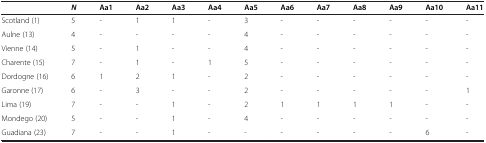
<table><thead><tr><td><b> </b></td><td><b><i>N</i></b></td><td><b>Aa1</b></td><td><b>Aa2</b></td><td><b>Aa3</b></td><td><b>Aa4</b></td><td><b>Aa5</b></td><td><b>Aa6</b></td><td><b>Aa7</b></td><td><b>Aa8</b></td><td><b>Aa9</b></td><td><b>Aa10</b></td><td><b>Aa11</b></td></tr></thead><tbody><tr><td>Scotland (1)</td><td>5</td><td>-</td><td>1</td><td>1</td><td>-</td><td>3</td><td>-</td><td>-</td><td>-</td><td>-</td><td>-</td><td>-</td></tr><tr><td>Aulne (13)</td><td>4</td><td>-</td><td>-</td><td>-</td><td>-</td><td>4</td><td>-</td><td>-</td><td>-</td><td>-</td><td>-</td><td>-</td></tr><tr><td>Vienne (14)</td><td>5</td><td>-</td><td>1</td><td>-</td><td>-</td><td>4</td><td>-</td><td>-</td><td>-</td><td>-</td><td>-</td><td>-</td></tr><tr><td>Charente (15)</td><td>7</td><td>-</td><td>1</td><td>-</td><td>1</td><td>5</td><td>-</td><td>-</td><td>-</td><td>-</td><td>-</td><td>-</td></tr><tr><td>Dordogne (16)</td><td>6</td><td>1</td><td>2</td><td>1</td><td>-</td><td>2</td><td>-</td><td>-</td><td>-</td><td>-</td><td>-</td><td>-</td></tr><tr><td>Garonne (17)</td><td>6</td><td>-</td><td>3</td><td>-</td><td>-</td><td>2</td><td>-</td><td>-</td><td>-</td><td>-</td><td>-</td><td>1</td></tr><tr><td>Lima (19)</td><td>7</td><td>-</td><td>-</td><td>1</td><td>-</td><td>2</td><td>1</td><td>1</td><td>1</td><td>1</td><td>-</td><td>-</td></tr><tr><td>Mondego (20)</td><td>5</td><td>-</td><td>-</td><td>1</td><td>-</td><td>4</td><td>-</td><td>-</td><td>-</td><td>-</td><td>-</td><td>-</td></tr><tr><td>Guadiana (23)</td><td>7</td><td>-</td><td>-</td><td>1</td><td>-</td><td>-</td><td>-</td><td>-</td><td>-</td><td>-</td><td>6</td><td>-</td></tr></tbody></table>